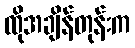
ထိုအချိန်တုန်းက